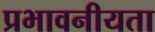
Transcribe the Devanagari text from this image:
प्रभावनीयता